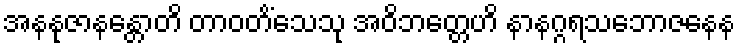
အနနုဇာနန္တောတိ တာဝတိံသေသု အဝိဘတ္တေဟိ နာနဂ္ဂရသဘောဇနေန